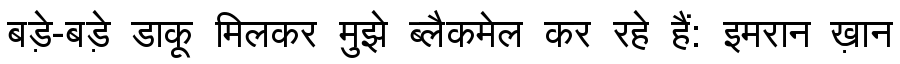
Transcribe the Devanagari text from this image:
बड़े-बड़े डाकू मिलकर मुझे ब्लैकमेल कर रहे हैं: इमरान ख़ान